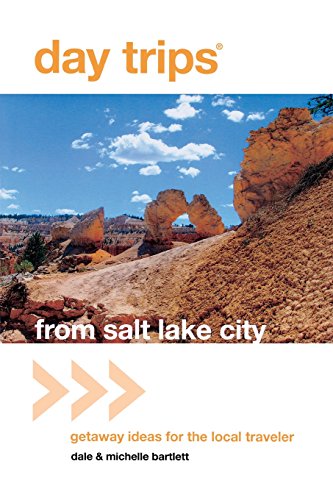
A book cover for Day TripsÂ® from Salt Lake City: Getaway Ideas For The Local Traveler (Day Trips Series); Michelle Bartlett; Travel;